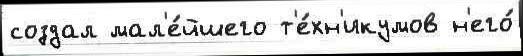
создал мал'е́йшего т'е́хн'икумов н'его́